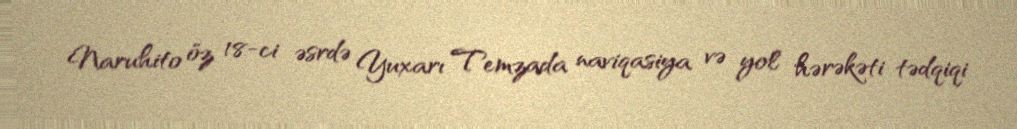
Naruhito öz 18-ci əsrdə Yuxarı Temzada naviqasiya və yol hərəkəti tədqiqi